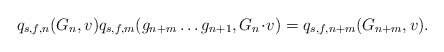
\begin{align*} q_{s,f,n}(G_n, v) q_{s,f,m} ( g_{n+m} \ldots g_{n+1}, G_n \!\cdot\! v )= q_{s,f,n+m}(G_{n+m}, v).\end{align*}